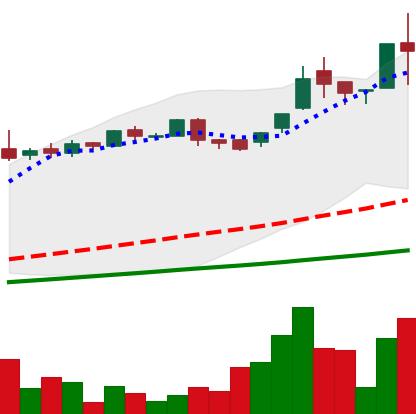
Ticker: LTC-USD
Chart end date: 2016-06-17
Forward return: -30.082%
Label: down_7plus